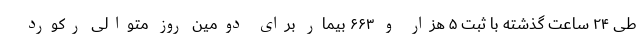
طی ۲۴ ساعت گذشته با ثبت ۵ هزار و ۶۶۳ بیمار برای دومین روز متوالی رکورد